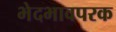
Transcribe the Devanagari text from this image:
भेदभावपरक